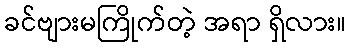
ခင်ဗျားမကြိုက်တဲ့ အရာ ရှိလား။